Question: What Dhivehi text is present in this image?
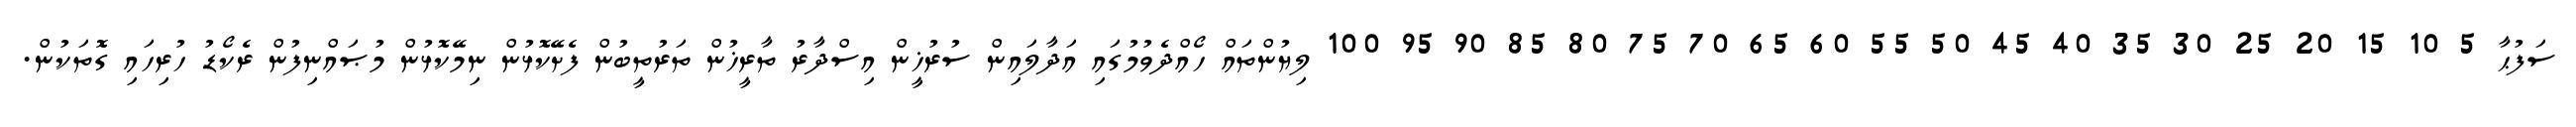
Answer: ސަފުޙާ 5 10 15 20 25 30 35 40 45 50 55 60 65 70 75 80 85 90 95 100 ލިޔުންތައް ހޯއްދެވުމުގައި އަދާލައިން ސުރުޚީން އިސްދާރު ތާރީޚުން ތަރުތީބުން ފެށޭކޮޅުން ނިމޭކޮޅުން މުޞައްނިފުން ރެކޯޑު ހުރިހައި ގޮތަކުން.